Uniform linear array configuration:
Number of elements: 16
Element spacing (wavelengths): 0.25
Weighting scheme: blackman
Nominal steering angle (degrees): -15
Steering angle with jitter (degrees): -14.335
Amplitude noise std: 0.05
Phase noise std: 0.05

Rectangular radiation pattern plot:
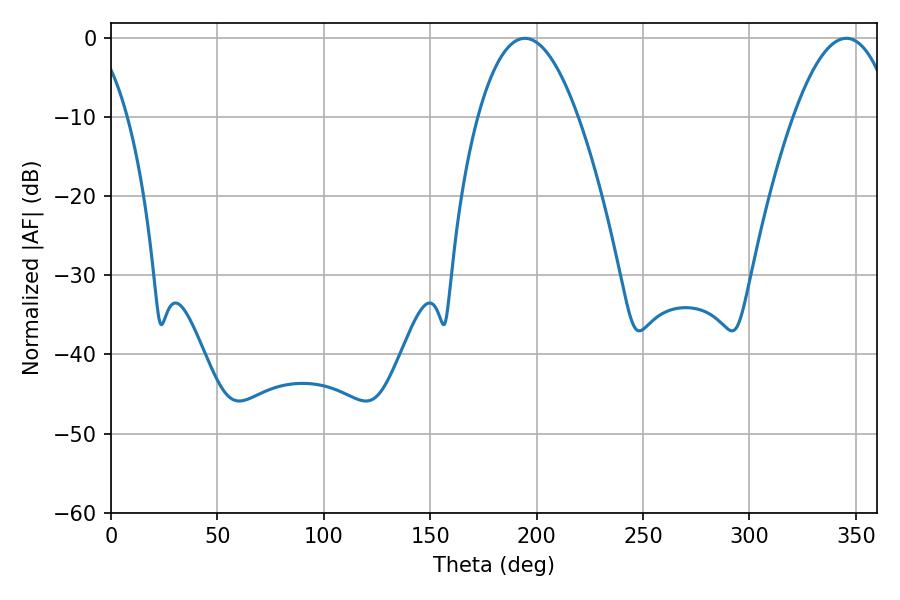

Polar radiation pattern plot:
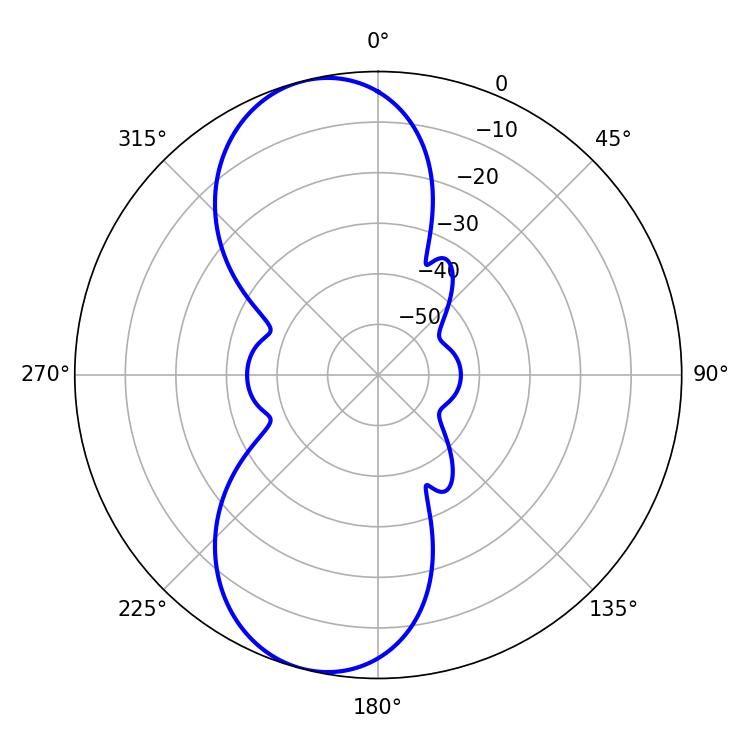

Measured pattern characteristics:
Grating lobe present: FALSE
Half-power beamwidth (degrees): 25.92
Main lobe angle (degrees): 194.4